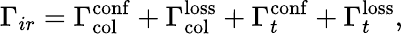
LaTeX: \Gamma_{ir}=\Gamma_{\mathrm{col}}^{\mathrm{conf}}+\Gamma_{\mathrm{col}}^{\mathrm{loss}}+\Gamma_{t}^{\mathrm{conf}}+\Gamma_{t}^{\mathrm{loss}},